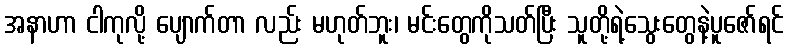
အနာဟာ ငါကုလို့ ပျောက်တာ လည်း မဟုတ်ဘူး၊ မင်းတွေကိုသတ်ပြီး သူတို့ရဲ့သွေးတွေနဲ့ပူဇော်ရင်